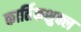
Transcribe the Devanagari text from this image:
कार्तिकशुक्ल